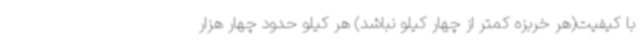
با کیفیت(هر خربزه کمتر از چهار کیلو نباشد) هر کیلو حدود چهار هزار